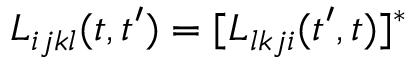
L _ { i j k l } ( t , t ^ { \prime } ) = [ L _ { l k j i } ( t ^ { \prime } , t ) ] ^ { * }